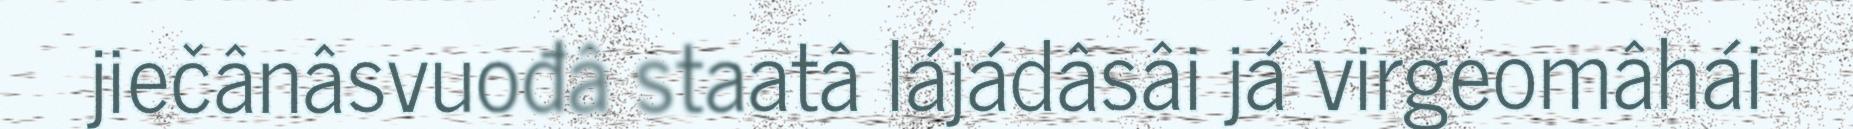
jiečânâsvuođâ staatâ lájádâsâi já virgeomâhái